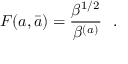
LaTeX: F ( a , \bar { a } ) = { \frac { \beta ^ { 1 / 2 } } { \beta ^ { ( a ) } } } \ \ .